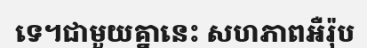
ទេ។ជាមួយគ្នានេះ សហភាពអឺរ៉ុប